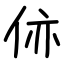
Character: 㑊